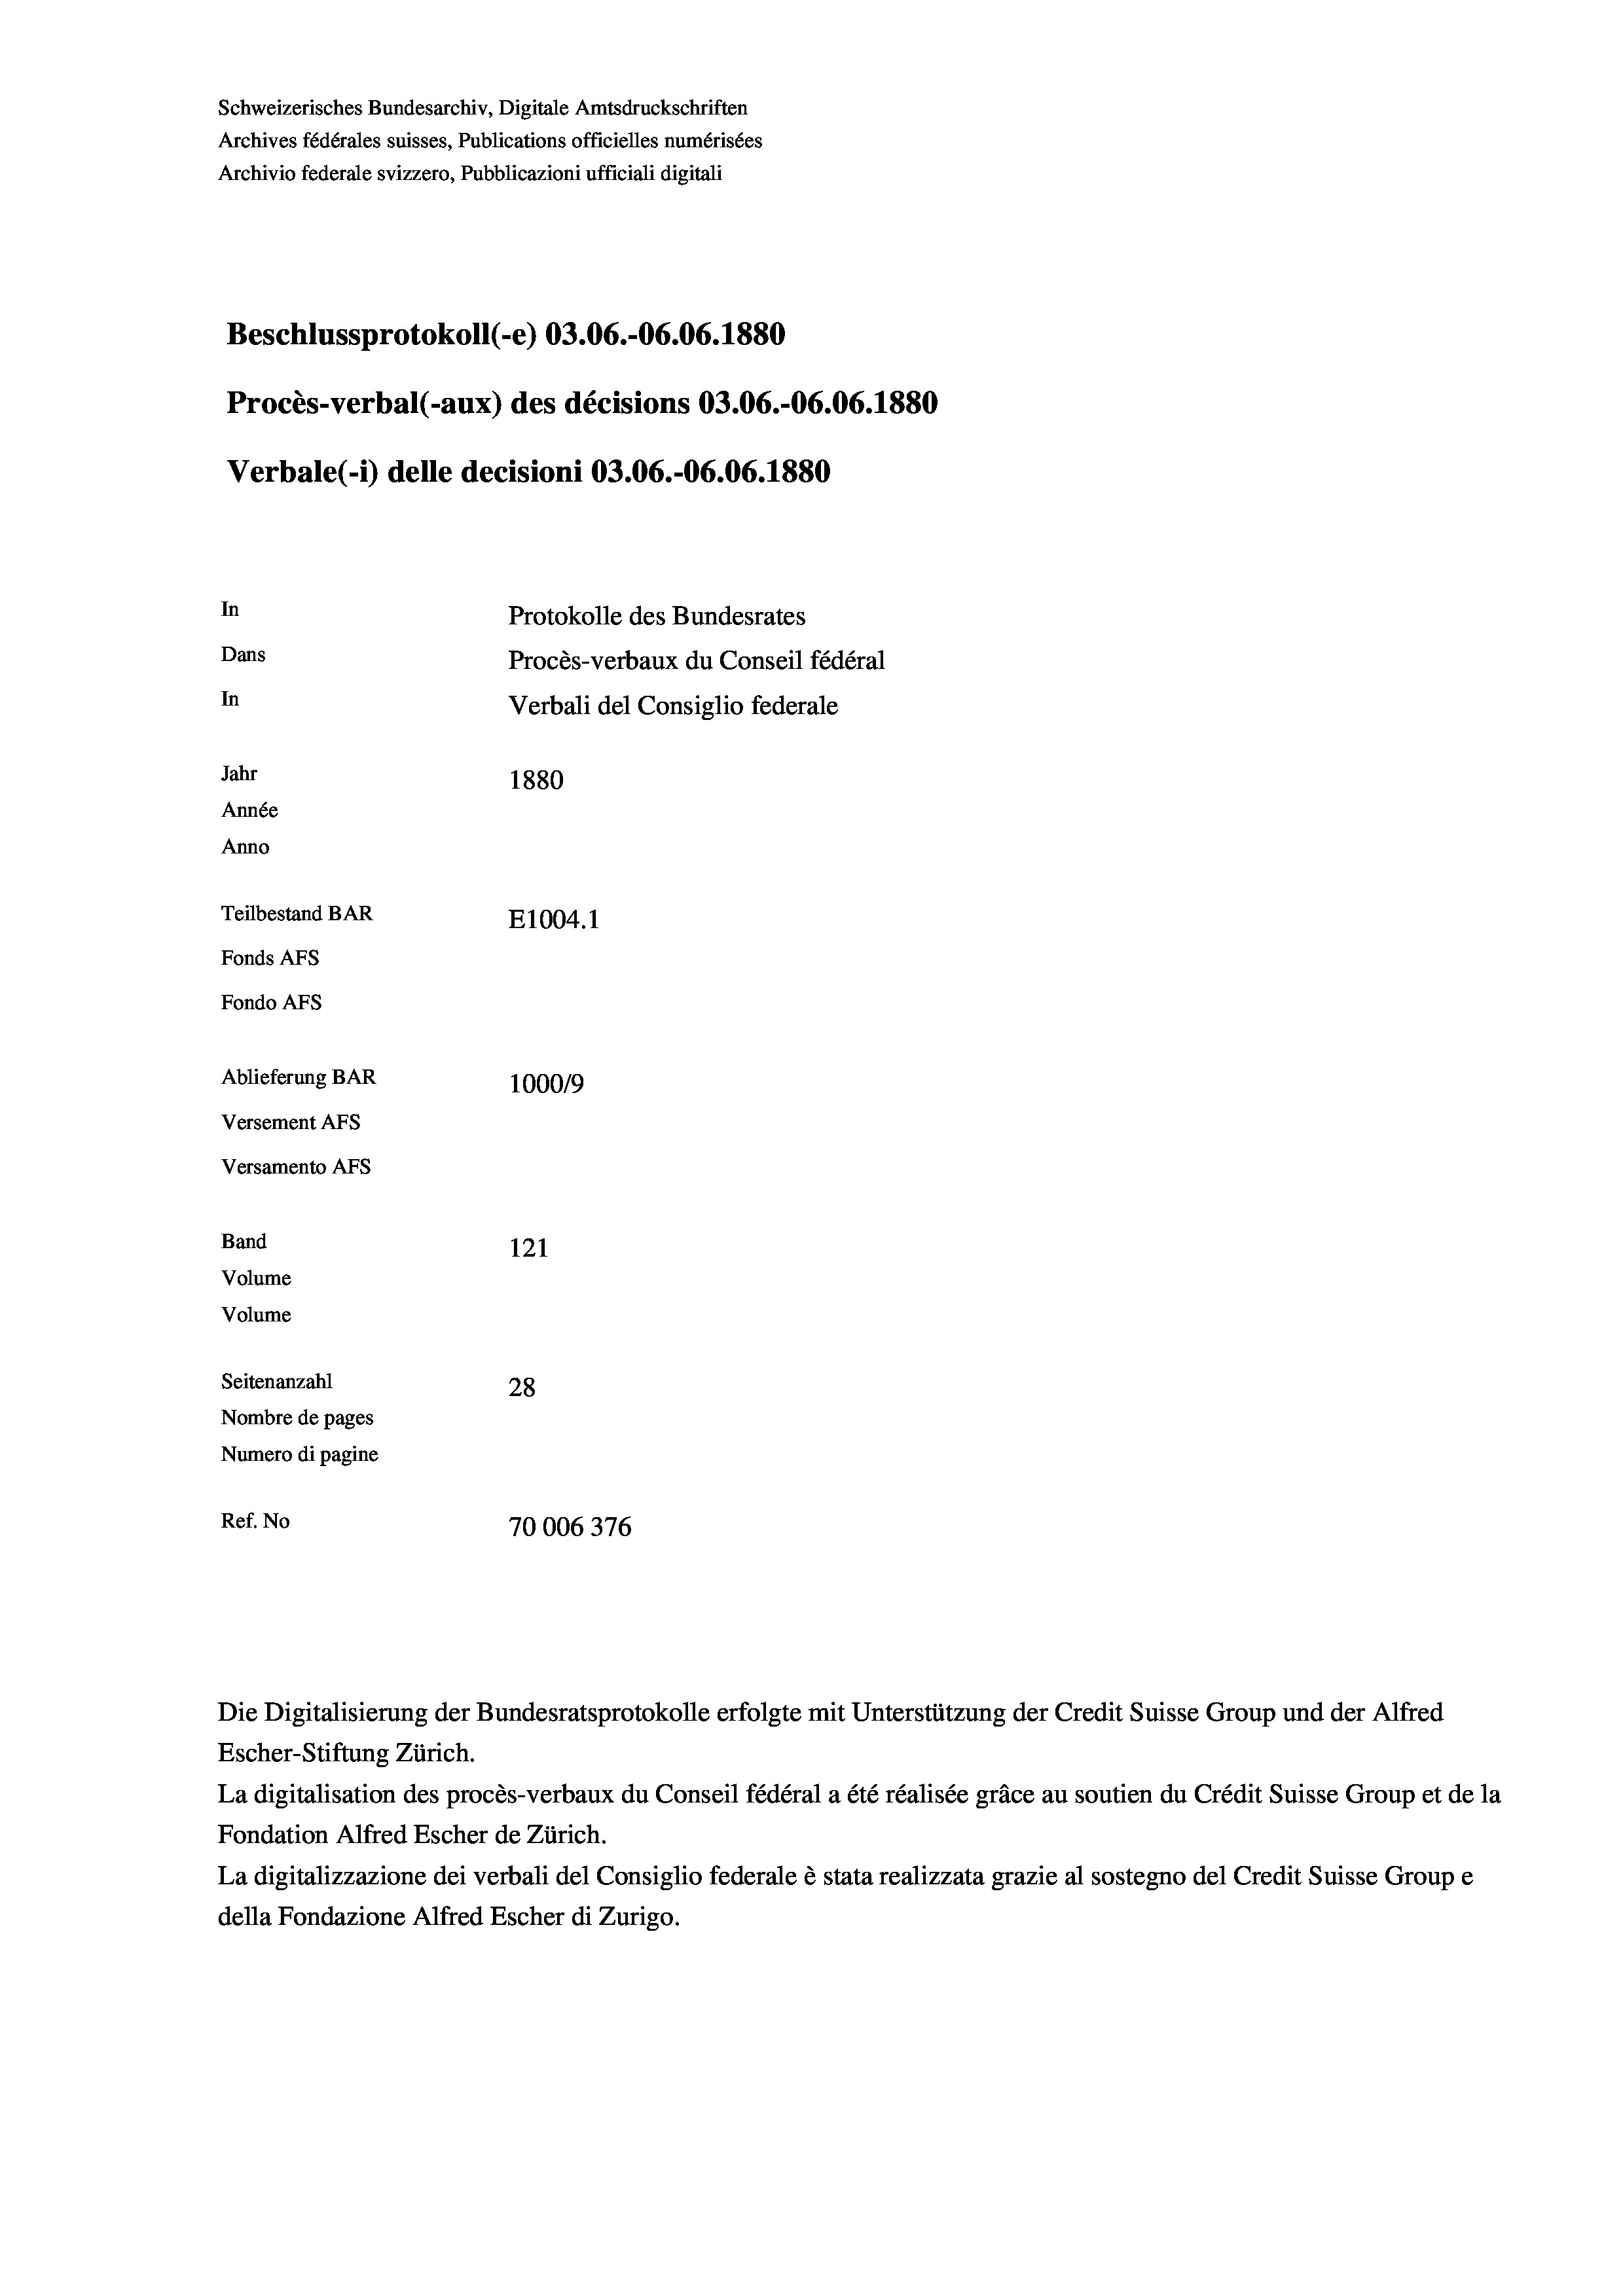
Schweizerisches Bundesarchiv, Digitale Amtsdruckschriften
Archives fédérales suisses, Publications officielles numérisées
Archivio federale svizzero, Pubblicazioni ufficiali digitali
Beschlussprotokoll (-e) 03.06.-06.06. 1880
Procès-verbal (-aux) des décisions 03.06.-06.06. 1880
Verbale (i) delle decisioni 03.06.-06.06. 1880
In
Protokolle des Bundesrates
Dans
Procès-verbaux du Conseil fédéral
In
Verbali del Consiglio federale
Jahr
1880
Année
Anno
Teilbestand BAR
E1004.1
Fonds AFs
Fondo Afs
Ablieferung BAR
100019
Versement AFs
Versamento Afs
Band
121
Volume
Volume
Seitenanzahl
28
Nombre de pages
Numero di pagine
Ref. No
70006376

Die Digitalisierung der Bundesratsprotokolle erfolgte mit Unterstützung der Credit Suisse Group und der Alfred
Escher-Stiftung Zürich.
La digitalisation des procès-verbaux du Conseil fédéral a été réalisée gräce au soutien du Crédit Suisse Group et de la
Fondation Alfred Escher de Zürich.
La digitalizzazione dei verbali del Consiglio federale è stata realizzata grazie al sostegno del Credit Suisse Groupe
della Fondazione Alfred Escher di Zurigo.